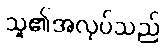
သူ၏အလုပ်သည်